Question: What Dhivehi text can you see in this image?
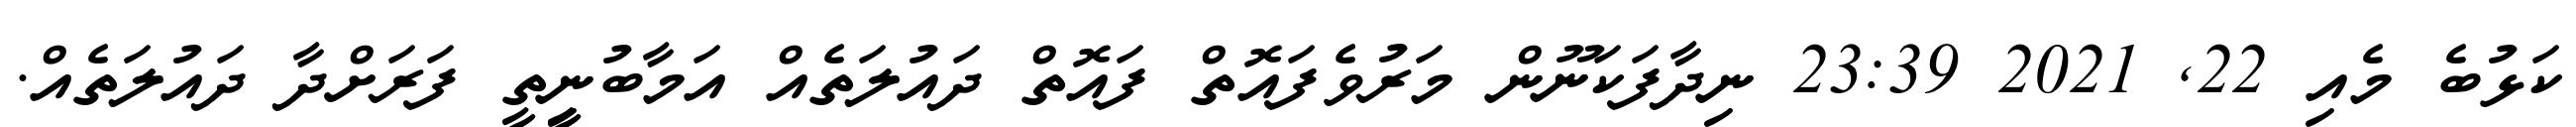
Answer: ކަޅުބެ މެއި 22, 2021 23:39 ނިދާފަކަނޫން މަރުވެފައޮތް ފައޮތް ދައުލަތެއް އަމާބުނީިތީ ފަރަށްދާ ދައުލަތެއް.